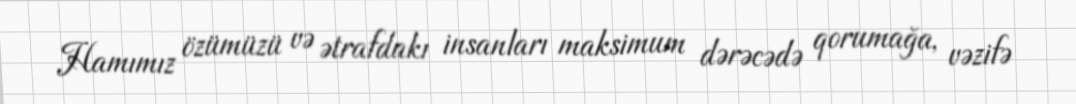
Hamımız özümüzü və ətrafdakı insanları maksimum dərəcədə qorumağa, vəzifə